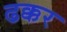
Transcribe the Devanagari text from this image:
ढक्कर